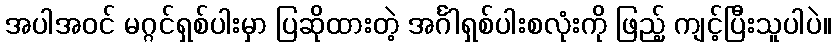
အပါအဝင် မဂ္ဂင်ရှစ်ပါးမှာ ပြဆိုထားတဲ့ အင်္ဂါရှစ်ပါးစလုံးကို ဖြည့် ကျင့်ပြီးသူပါပဲ။